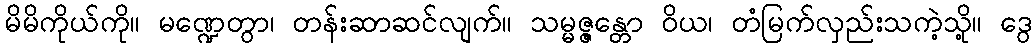
မိမိကိုယ်ကို။ မဏ္ဍေတွာ၊ တန်းဆာဆင်လျက်။ သမ္မဇ္ဇန္တော ဝိယ၊ တံမြက်လှည်းသကဲ့သို့။ ဒွေ